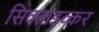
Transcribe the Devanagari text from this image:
सिक्ताइव्कर